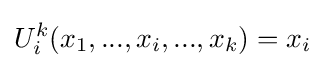
U_{i}^{k}(x_{1},...,x_{i},...,x_{k})=x_{i}